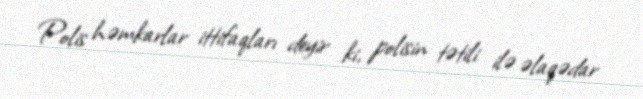
Polis həmkarlar ittifaqları deyir ki, polisin tətili ilə əlaqədar